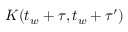
K ( t _ { w } + \tau , t _ { w } + \tau ^ { \prime } )